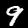
Digit: 9